Indian journal of veterinary science and animal husbandry - Volumes 22-23, 1952-1953
Year: 1952
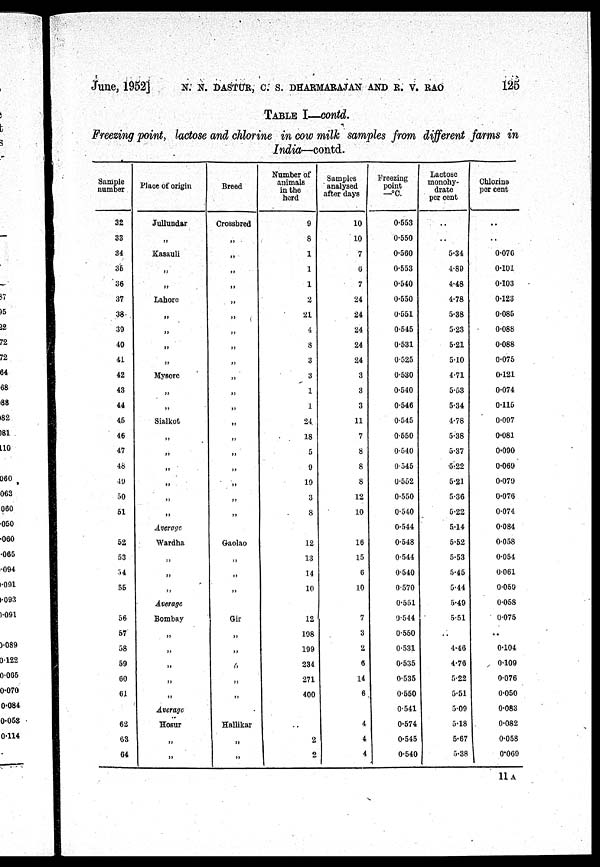
June, 1962] N. N. DASTUR, C. S. DHARMARAJAN AND R. V. RAO
125
TABLE I—contd.
Freezing point, lactose and chlorine in cow milk samples from different farms in
India—contd.
Sample
number
32
33
34
35
36
37
38
39
40
41
42
43
44
45
46
47
48
49
50
51
52
53
54
55
56
57
58
59
60
61
62
63
64
Place of origin
Jullundar
„
Kasauli
„
„
Lahore
„
„
„
„
Mysore
„
„
Sialkot
„
„
„
„
„
„
Average
Wardha
„
„
„
Average
Bombay
„
„
„
„
„
Average
Hosur
„
Breed
Crossbred
„
„
„
„
„
„
„
„
„
„
„
„
„
„
„
„
„
„
„
Gaolao
„
„
„
Gir
„
„
„
„
„
Hallikar
„
„
Number of
animals
in the
herd
9
8
1
1
i
2
21
4
8
3
3
1
1
24
18
5
9
19
3
8
12
13
14
10
12
198
199
234
271
400
..
2
2
Samples
analysed
after days
10
10
7
0
7
24
24
24
24
24
3
3
3
11
7
8
8
8
12
10
16
15
6
10
7
3
2
6
14
6
4
4
4
Freezing
point
—°C.
0.553
0.550
0.560
0.553
0.540
0.550
0.551
0.545
0.531
0.525
0.530
0.540
0.546
0.545
0.550
0.540
0.545
0.552
0.550
0.540
0.544
0.548
0.544
0.540
0.570
0.551
0.544
0.550
0.531
0.535
0.535
0.550
0.541
0.574
0.545
0.540
Lactose
monohy-
drate
per cent
..
..
5.34
4.89
4.48
4.78
5.38
5.23
5.21
5.10
4.71
5.53
5.34
4.78
5.38
5.37
5.22
5.21
5.36
5.22
5.14
5.52
5.53
5.45
5.44
5.49
5.51
..
4.46
4.76
5.22
5.51
5.09
5.18
5.67
5.38
Chlorine
per cent
..
0.070
0.101
0.103
0.123
0.085
0.088
0.088
0.075
0.121
0.074
0.115
0.097
0.081
0.090
0.060
0.079
0.076
0.074
0.084
0.058
0.054
0.061
0.059
0.058
0.075
..
0.104
0.109
0.076
0.050
0.083
0.082
0.058
0.069
11 A